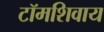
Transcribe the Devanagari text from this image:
टॉमशिवाय